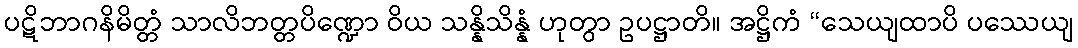
ပဋိဘာဂနိမိတ္တံ သာလိဘတ္တပိဏ္ဍော ဝိယ သန္နိသိန္နံ ဟုတွာ ဥပဋ္ဌာတိ။ အဋ္ဌိကံ “သေယျထာပိ ပဿေယျ